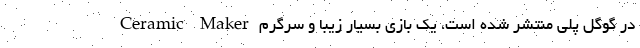
Ceramic Maker در گوگل پلی منتشر شده است، یک بازی بسیار زیبا و سرگرم